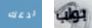
ندعك بواب